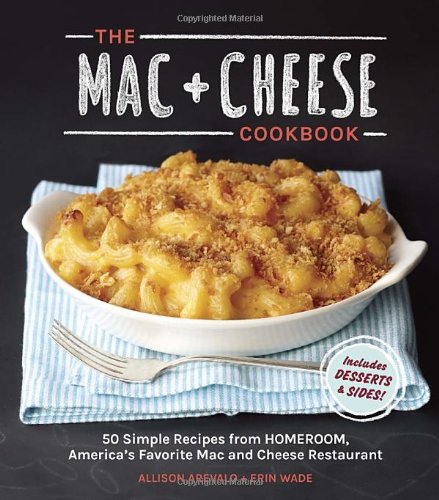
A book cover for The Mac + Cheese Cookbook: 50 Simple Recipes from Homeroom, America's Favorite Mac and Cheese Restaurant; Allison Arevalo; Cookbooks, Food & Wine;